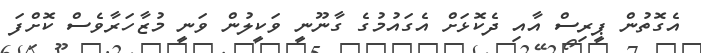
އެގޮތުން ޕީރިސް އާއި ދެކޮޅަށް އެގައުމުގެ ގާނޫނީ ވަކީލުން ވަނީ މުޒާހަރާވެސް ކޮށްފަ